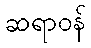
ဆရာဝန်